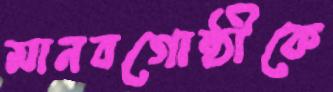
মানবগোষ্ঠীকে